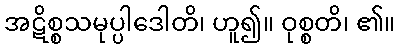
အဋိစ္စသမုပ္ပါဒေါတိ၊ ဟူ၍။ ဝုစ္စတိ၊ ၏။